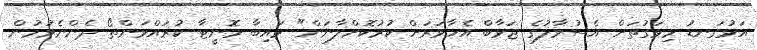
އަޅުގަނޑު މިވަގުތަށް އެސުވާލުގެ ޖަވާބް އެހާވަރަށް ކުރުކޮށްލާނަން" ވައިބާ މޮނީޓާ ކުރައްވަންތޯ ދެންނެވުމުން